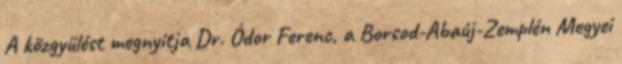
A közgyűlést megnyitja Dr. Ódor Ferenc, a Borsod-Abaúj-Zemplén Megyei